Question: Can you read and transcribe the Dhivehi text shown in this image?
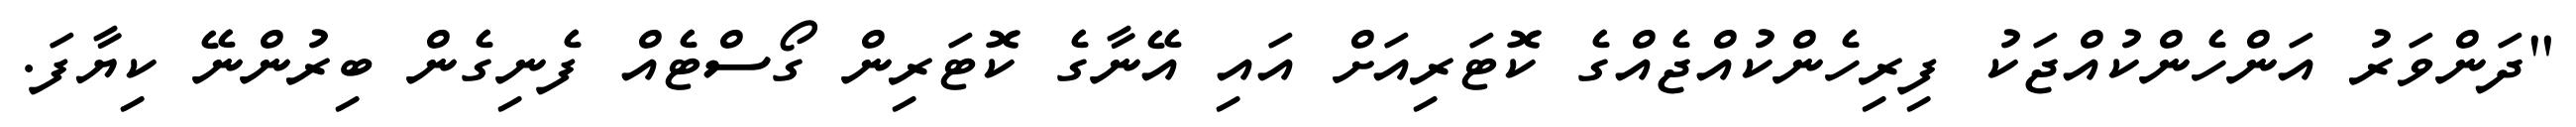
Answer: "ދަންވަރު އަންހެންކުއްޖަކު ފިރިހެންކުއްޖެއްގެ ކޮޓަރިއަށް އައި އޭނާގެ ކޮޓަރިން ގޯސްޓެއް ފެނިގެން ބިރުންނޭ ކިޔާފަ.